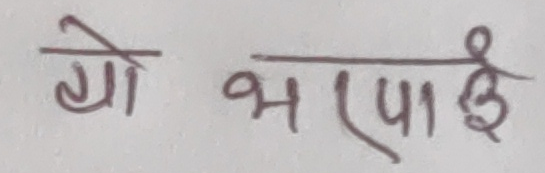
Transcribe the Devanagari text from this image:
गो भराई